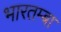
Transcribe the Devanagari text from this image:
भारतम्बा